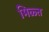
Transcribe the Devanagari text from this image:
मिळ्त